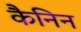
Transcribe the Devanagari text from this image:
कैनिन